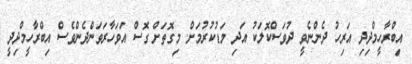
އިބްރާހީމްދިދި އަރިހު ދެންނެވީ ދުވަސްކޮލަކު އަދި މަޑުކުރުމަށް. މިގޮތަށް ގޮސް އަވަހާރަވަންދެންވެސް އިބްރާހީމްދިދީ